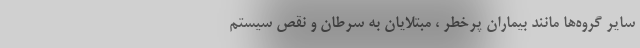
سایر گروه‌ها مانند بیماران پرخطر ، مبتلایان به سرطان و نقص سیستم